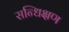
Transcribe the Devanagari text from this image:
सन्धिक्षण